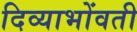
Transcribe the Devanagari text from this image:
दिव्याभोंवती